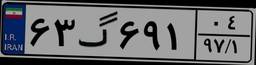
۶۳گ۶۹۱۰۴